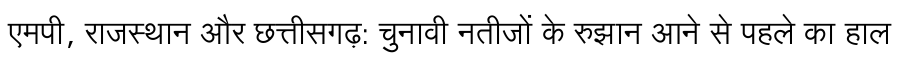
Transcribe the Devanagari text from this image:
एमपी, राजस्थान और छत्तीसगढ़: चुनावी नतीजों के रुझान आने से पहले का हाल